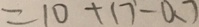
= 1 0 + 1 7 - 0 . 7